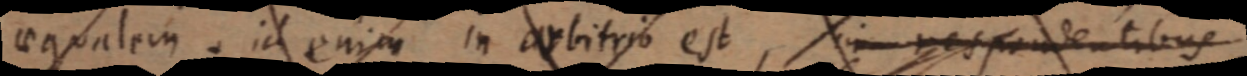
aequalem. id enim in arbitrio est, in respondentibus